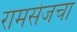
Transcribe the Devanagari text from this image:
रामसेजचा